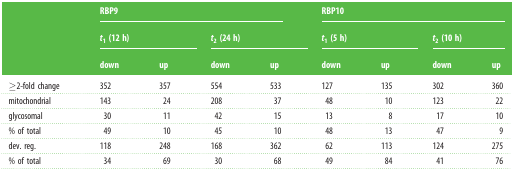
<table><thead><tr><td></td><td colspan="4"><b>RBP9</b></td><td colspan="4"><b>RBP10</b></td></tr><tr><td></td><td colspan="2"><b><i>t</i><sub>1</sub> (12 h)</b></td><td colspan="2"><b><i>t</i><sub>2</sub> (24 h)</b></td><td colspan="2"><b><i>t</i><sub>1</sub> (5 h)</b></td><td colspan="2"><b><i>t</i><sub>2</sub> (10 h)</b></td></tr><tr><td></td><td><b>down</b></td><td><b>up</b></td><td><b>down</b></td><td><b>up</b></td><td><b>down</b></td><td><b>up</b></td><td><b>down</b></td><td><b>up</b></td></tr></thead><tbody><tr><td>≥2-fold change</td><td>352</td><td>357</td><td>554</td><td>533</td><td>127</td><td>135</td><td>302</td><td>360</td></tr><tr><td>mitochondrial</td><td>143</td><td>24</td><td>208</td><td>37</td><td>48</td><td>10</td><td>123</td><td>22</td></tr><tr><td>glycosomal</td><td>30</td><td>11</td><td>42</td><td>15</td><td>13</td><td>8</td><td>17</td><td>10</td></tr><tr><td>% of total</td><td>49</td><td>10</td><td>45</td><td>10</td><td>48</td><td>13</td><td>47</td><td>9</td></tr><tr><td>dev. reg.</td><td>118</td><td>248</td><td>168</td><td>362</td><td>62</td><td>113</td><td>124</td><td>275</td></tr><tr><td>% of total</td><td>34</td><td>69</td><td>30</td><td>68</td><td>49</td><td>84</td><td>41</td><td>76</td></tr></tbody></table>